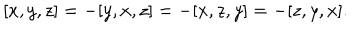
[ x , y , z ] = - [ y , x , z ] = - [ x , z , y ] = - [ z , y , x ] .